Civil Veterinary Dept. Assam report 1927-50 - 1927-1950
Year: 1927
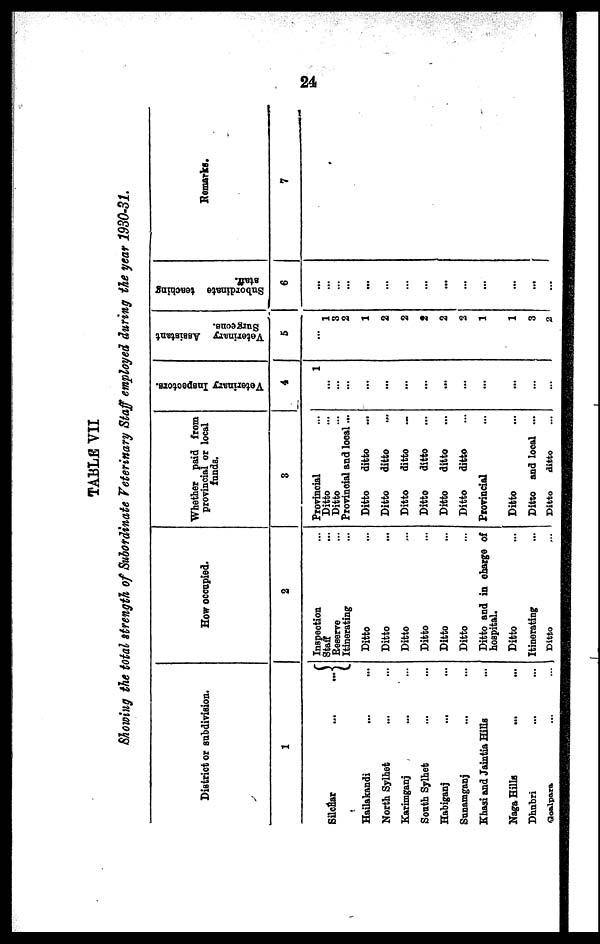
21
TABLE VII
Showing the total strength of Subordinate Veterinary Staff employed during the year 1930-31.
District or subdivision.
1
Silchar
...
...
Hailakandi ... ...
North Sylhet ... ...
Karimganj ... ...
South Sylhet ... ...
Habiganj
... ...
Sunamganj
... ...
Khasi and Jaintia Hills ...
Naga Hills ... ...
Dhubri ... ...
Goalpara ... ...
How occupied.
2
Inspection ...
Staff ...
Reserve ...
Itinerating ...
Ditto ...
Ditto ...
Ditto ...
Ditto ...
Ditto ...
Ditto ...
Ditto and in charge of
hospital.
Ditto ...
Itinerating ...
Ditto ...
Whether paid from
provincial or local
funds.
3
Provincial ...
Ditto ...
Ditto ...
Provincial and local ...
Ditto
ditto ...
Ditto
ditto ...
Ditto
ditto ...
Ditto
ditto ...
Ditto
ditto ...
Ditto
ditto ...
Provincial ...
Ditto ...
Ditto and local ...
Ditto
ditto ...
Veterinary Inspectors.
4
1
...
...
...
...
...
...
...
...
...
...
...
...
...
Veterinary Assistant
Surgeons.
5
...
1
3
2
1
2
2
2
2
2
1
1
3
2
Subordinate teaching
staff.
6
...
...
...
...
...
...
...
...
...
...
...
...
...
...
Remarks.
7